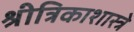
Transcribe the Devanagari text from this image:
श्रीत्रिकाशास्त्रे